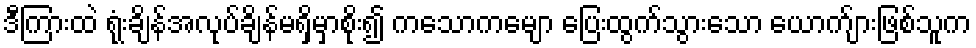
ဒီကြားထဲ ရုံးချိန်အလုပ်ချိန်မရှိမှာစိုး၍ ကသောကမျော ပြေးထွက်သွားသော ယောက်ျားဖြစ်သူက